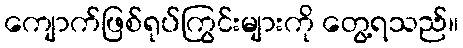
ကျောက်ဖြစ်ရုပ်ကြွင်းများကို တွေ့ရသည်။